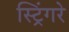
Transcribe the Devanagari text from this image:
स्ट्रिंगरे